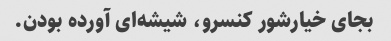
بجای خیارشور کنسرو، شیشه‌ای آورده بودن.